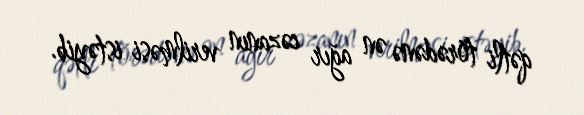
qətli törədənə ən ağır cəzanın verilməsi istəyib.